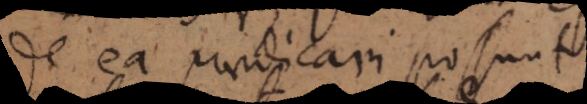
de ea praedicari possunt.